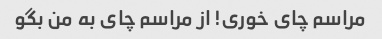
مراسم چای خوری! از مراسم چای به من بگو